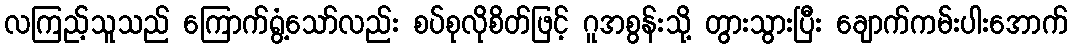
လကြည့်သူသည် ကြောက်ရွံ့သော်လည်း စပ်စုလိုစိတ်ဖြင့် ဂူအစွန်းသို့ တွားသွားပြီး ချောက်ကမ်းပါးအောက်